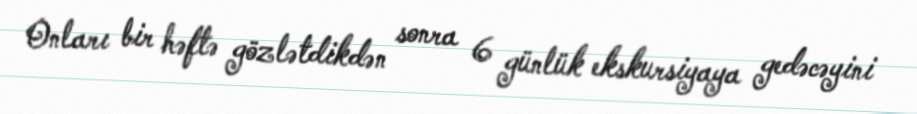
Onları bir həftə gözlətdikdən sonra 6 günlük ekskursiyaya gedəcəyini